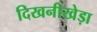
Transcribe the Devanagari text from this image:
दिखनीखेड़ा